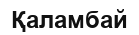
Қаламбай